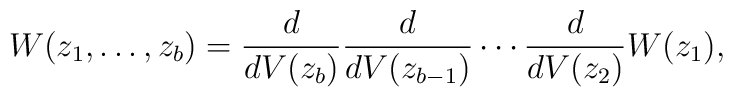
W(z_1,\ldots,z_b)  = \frac{d}{dV(z_b)}\frac{d}{dV(z_{b-1})}\cdots\frac{d}{dV(z_2)} W(z_1),